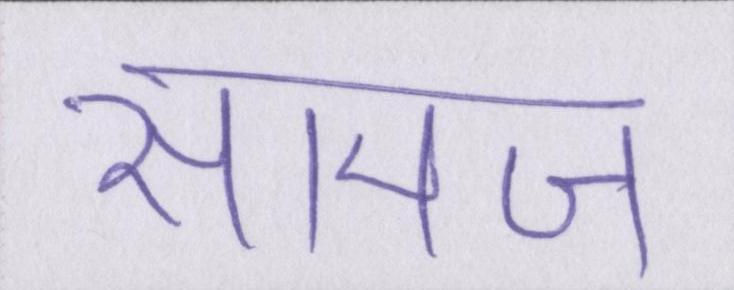
सामज